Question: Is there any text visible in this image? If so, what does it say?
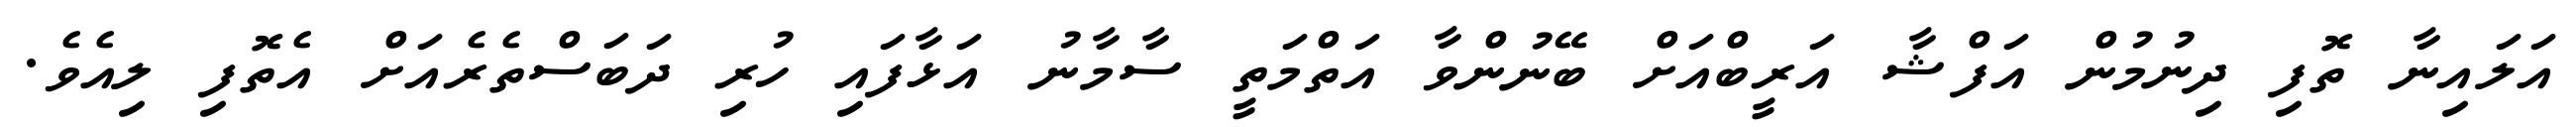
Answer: އަލައިނާ ތޮފި ދިނުމުން އަފްޝާ އަރީބްއަށް ބޭނުންވާ އަތްމަތީ ސާމާނު އަޅާފައި ހުރި ދަބަސްތެރެއަށް އެތޮފި ލިއެވެ.